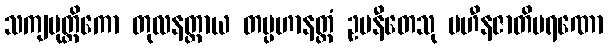
သကျပုတ္တိကော တုလနတ္ထာယ တပ္ပဟာနတ္ထံ ဥပနီတေသု ပဟီနဇာတိမရဏော